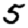
Digit: 5